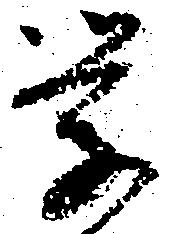
学